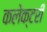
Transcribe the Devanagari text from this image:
कलेक्टरी